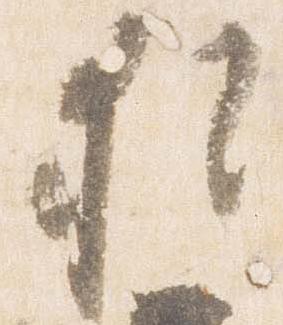
猶